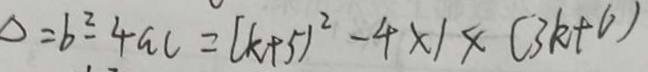
\Delta = b ^ { 2 } - 4 a c = ( k + 5 ) ^ { 2 } - 4 \times 1 \times ( 3 k + 6 )